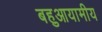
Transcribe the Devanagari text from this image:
बहुआयामीय